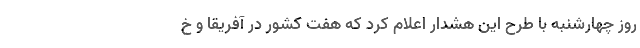
روز چهارشنبه با طرح این هشدار اعلام کرد که هفت کشور در آفریقا و خ